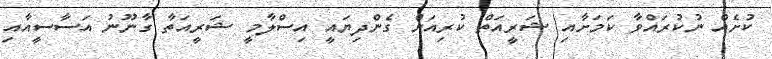
ކުށެއް ނުކުރައްވާ ކަމަށާއި ޝަރީއަތް ކުރިއަށް ގެންދިޔައީ އިސްލާމީ ޝަރީއަތާ ގާނޫނު އަސާސީއާއި